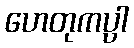
ဟေတုကပ္ပါ